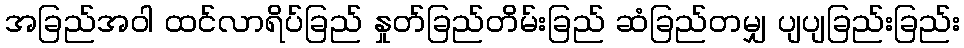
အခြည်အဝါ ထင်လာရိပ်ခြည် နှုတ်ခြည်တိမ်းခြည် ဆံခြည်တမျှ ပျပျခြည်းခြည်း